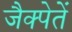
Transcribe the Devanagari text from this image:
जैक्पेतें